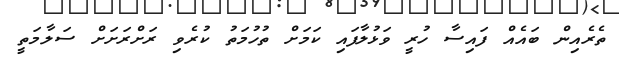
ތެރެއިން ބައެއް ފައިސާ ހުރީ ވަޅުލާފައި ކަމަށް ތުހުމަތު ކުރެވި ރަށްރަށަށް ސަލާމަތީ